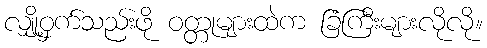
လျှို့ဝှက်သည်းဖို ဝတ္တုများထဲက ခြံကြီးများလိုလို။